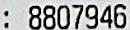
: 8807946